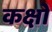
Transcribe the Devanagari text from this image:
कक्षो